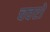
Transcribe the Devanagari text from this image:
चवरो